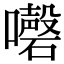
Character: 𡄇